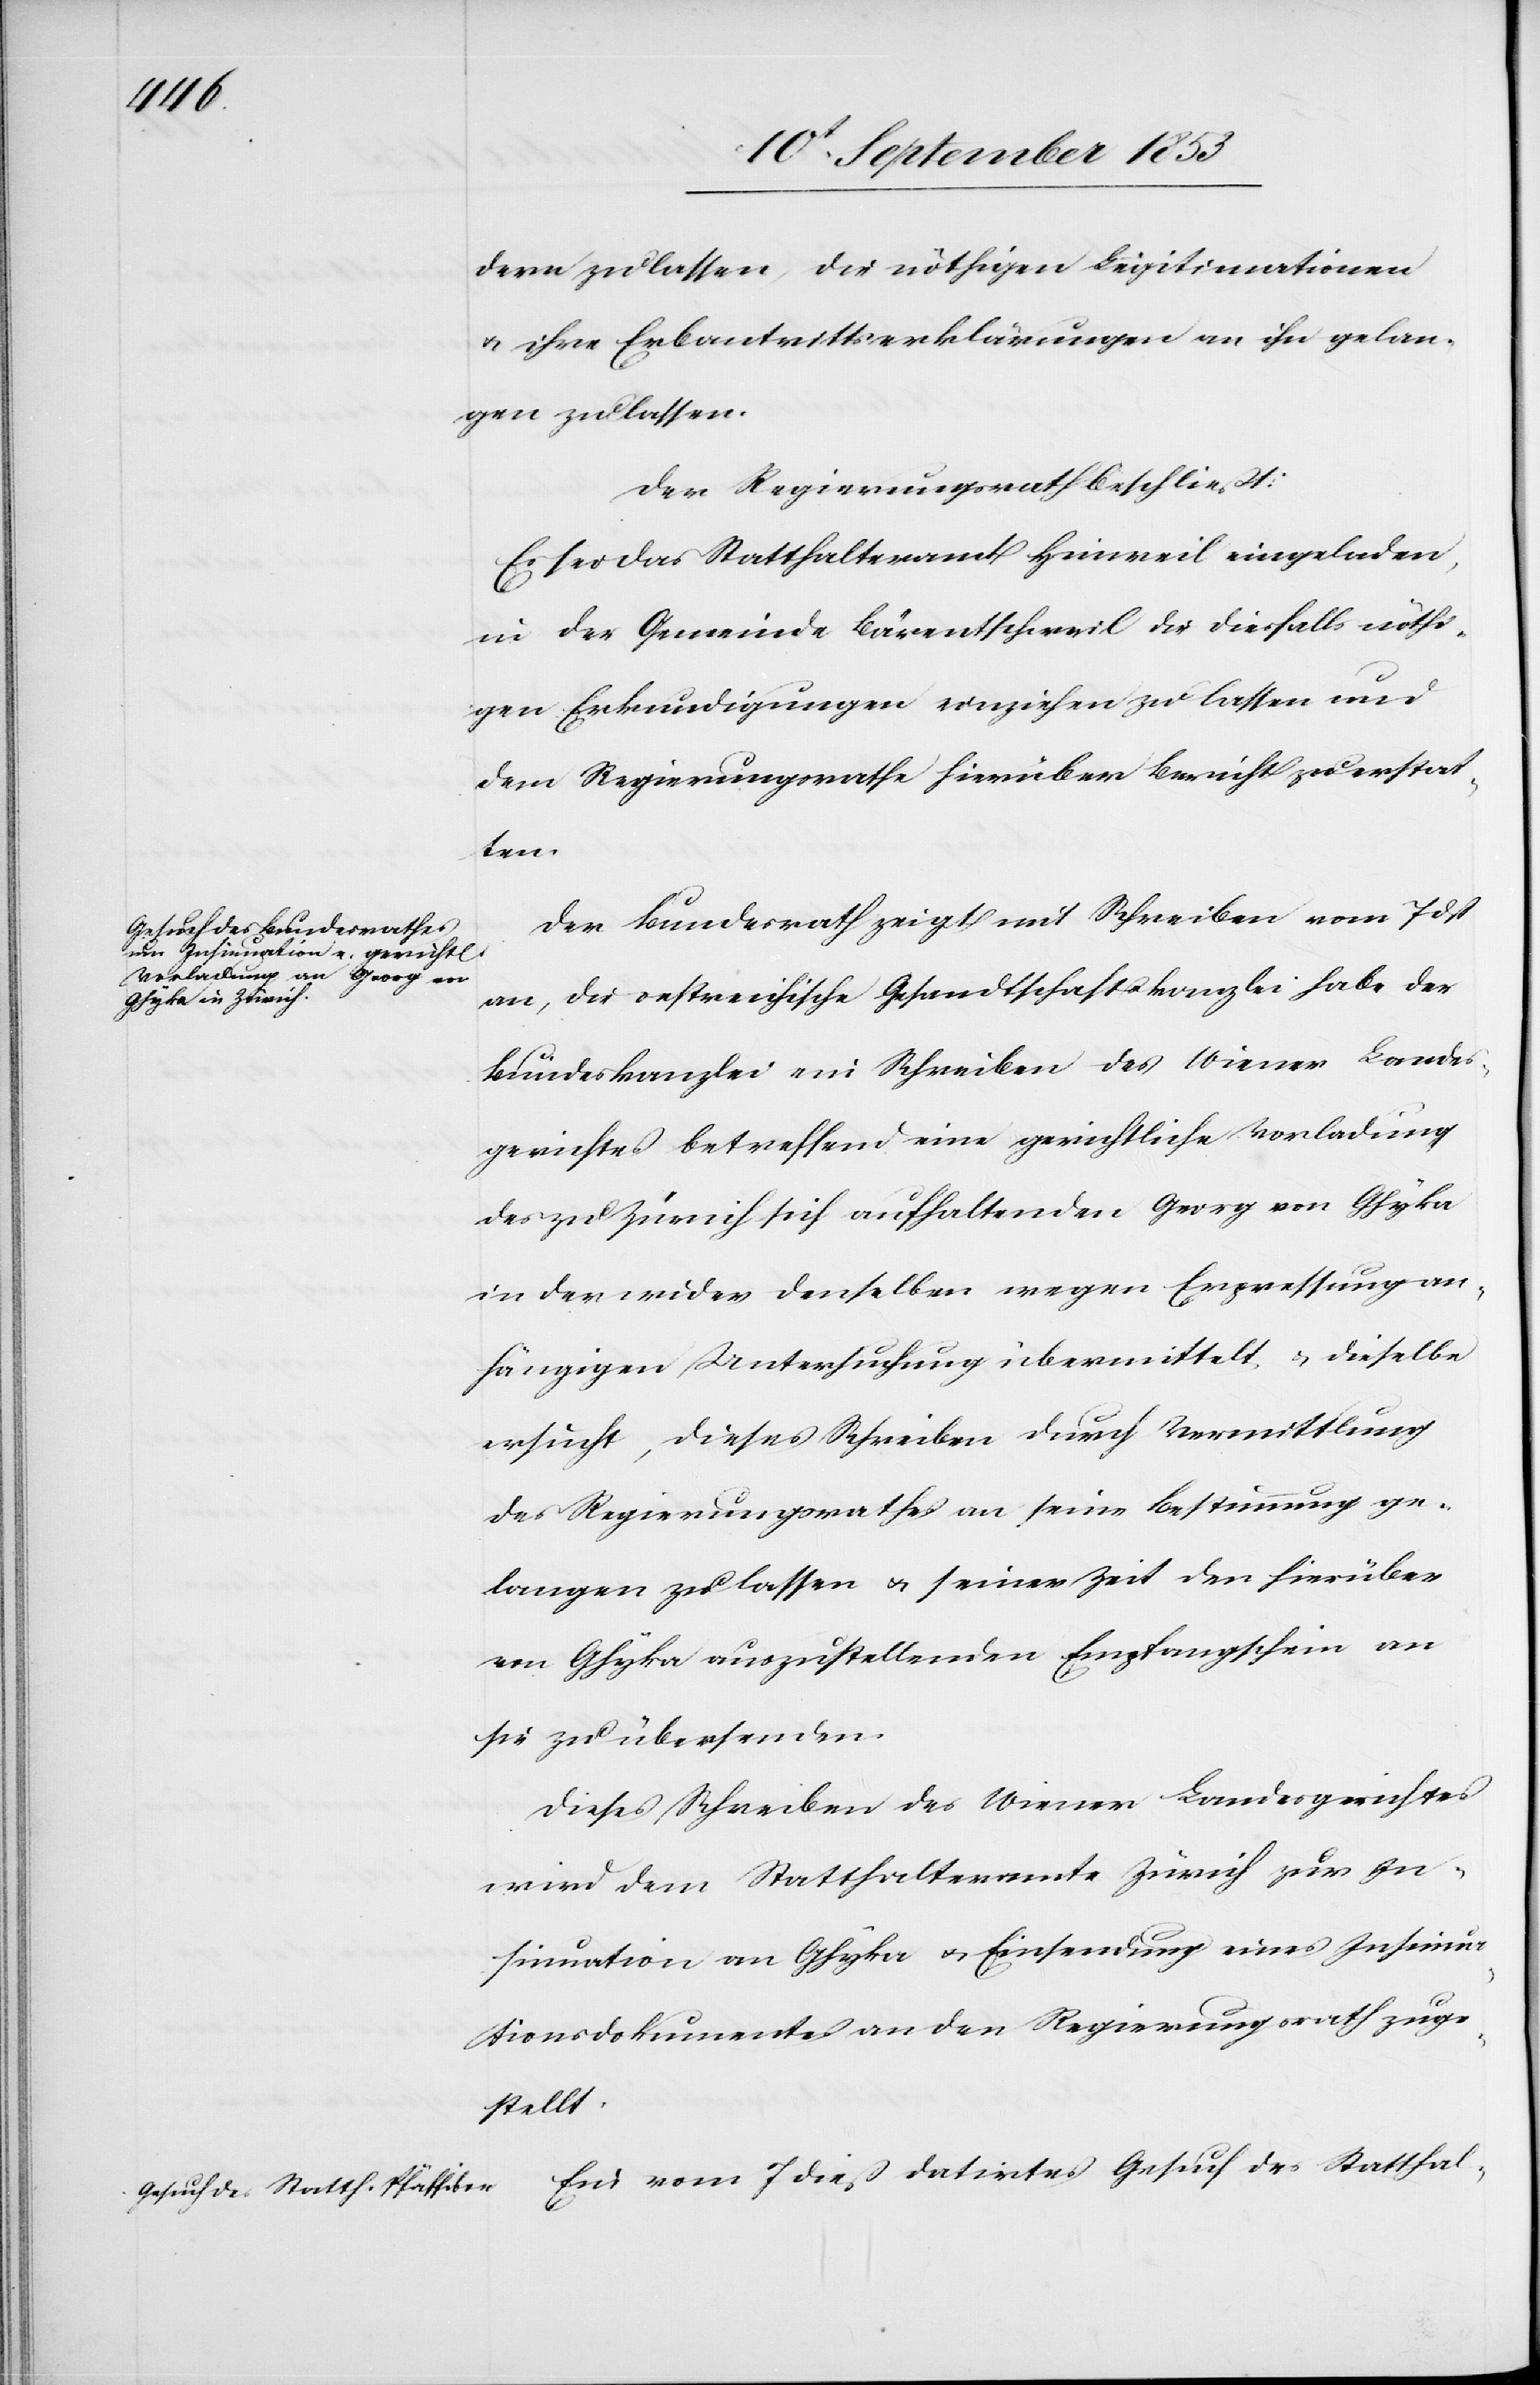
dern zu lassen, die nöthigen Legitimationen
u. ihre Erbantrittserklärungen an ihn gelan¬
gen zu lassen.
Der Regierungsrath beschließt:
Es sei das Statthalteramt Hinweil eingeladen
in der Gemeinde Bärentschweil die diesfalls nöthi¬
gen Erkundigungen einziehen zu lassen und
dem Regierungsrathe hierüber Bericht zu erstat¬
ten.
Der Bundesrath zeigt mit Schreiben vom 7 dß
an, die oestreichische Gesandtschaftskanzlei habe der
Bundeskanzlei ein Schreiben des Wiener Landes¬
gerichtes betreffend eine gerichtliche Vorladung
des zu Zürich sich aufhaltenden Georg von Ghyka
in der wider denselben wegen Erpressung an¬
hängigen Untersuchung übermittelt, u. dieselbe
ersucht, dieses Schreiben durch Vermittlung
des Regierungsrathes an seine Bestimmung ge¬
langen zu lassen u. seiner Zeit den hierüber
von Ghyka auszustellenden Empfangsschein an
sie zu übersenden.
Dieses Schreiben des Wiener Landgerichtes
wird dem Statthalteramte Zürich zur In¬
sinuation an Ghyka u. Einsendung eines Insinua¬
tionsdokumentes an den Regierungsrath zuge¬
stellt.